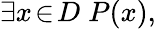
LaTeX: \exists x\! \in\! D\; P(x),